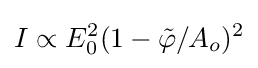
I\propto E_{0}^{2}(1-{\tilde {\varphi }}/A_{o})^{2}